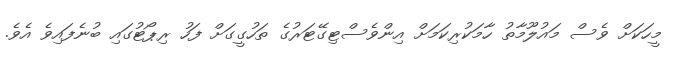
މީހަކަށް ވެސް މައުލޫމާތު ހާމަކުރިކަމަށް އިންވެސްޓިގޭޓަރުގެ ތަހުގީގަށް ފަހު ރިޕޯޓުގައި ބުނެފައިވެ އެވެ.